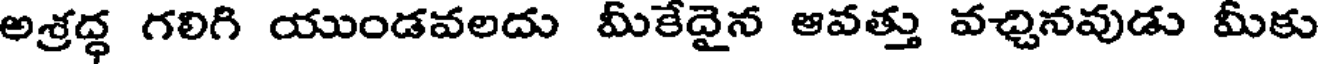
అశ్రద్ధ గలిగి యుండవలదు మీకేదైన ఆవత్తు వచ్చినవుడు మీకు